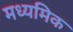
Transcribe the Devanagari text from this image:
मध्यमिक